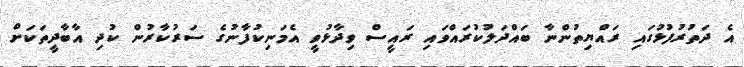
އެ ދަތުރުފުޅުގައި ރައްޔިތުންނާ ބައްދަލުކުރައްވައި ރައީސް ވިދާޅުވީ އެމަނިކުފާނުގެ ސަރުކާރުން ކުދި އާބާދީތަކަށް